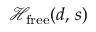
{ \mathcal { H } } _ { \mathrm { f r e e } } ( d , \, s )